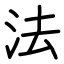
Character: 法